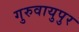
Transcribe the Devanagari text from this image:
गुरुवायुपुर